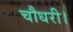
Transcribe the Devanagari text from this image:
चौधरी।